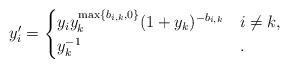
LaTeX: \begin{align*}y_i' = \begin{cases} \displaystyle {y}_{i} {y}_{k}^{\max\{b_{i,k},0\}}(1+{y}_{k})^{-b_{i,k}} & i \neq k, \\ {y}_{k}^{-1} &.\end{cases}\end{align*}